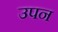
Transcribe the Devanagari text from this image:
उपन